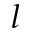
l